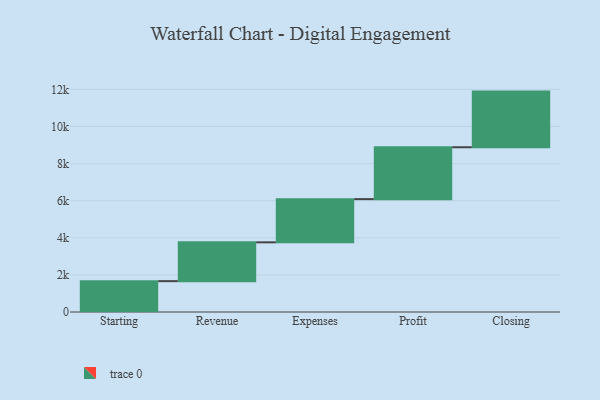
{"axis": {"x": "Step", "y": "Value"}, "legend": [""], "data": [{"x": "Starting", "y": 1663.0, "type": ""}, {"x": "Revenue", "y": 2093.0, "type": ""}, {"x": "Expenses", "y": 2329.0, "type": ""}, {"x": "Profit", "y": 2797.0, "type": ""}, {"x": "Closing", "y": 3000, "type": ""}]}